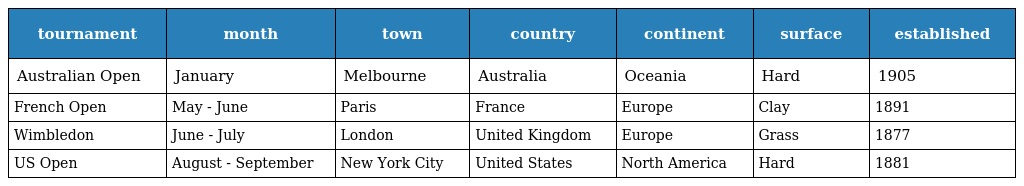
| tournament | month | town | country | continent | surface | established |
 | --- | --- | --- | --- | --- | --- | --- |
 | Australian Open | January | Melbourne | Australia | Oceania | Hard | 1905 |
 | French Open | May - June | Paris | France | Europe | Clay | 1891 |
 | Wimbledon | June - July | London | United Kingdom | Europe | Grass | 1877 |
 | US Open | August - September | New York City | United States | North America | Hard | 1881 |